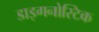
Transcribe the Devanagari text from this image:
डाइगनोस्टिक